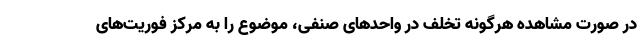
در صورت مشاهده هرگونه تخلف در واحدهای صنفی، موضوع را به مرکز فوریت‌های